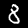
Label: 8